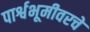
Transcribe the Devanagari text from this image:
पार्श्वभूमीवरचे